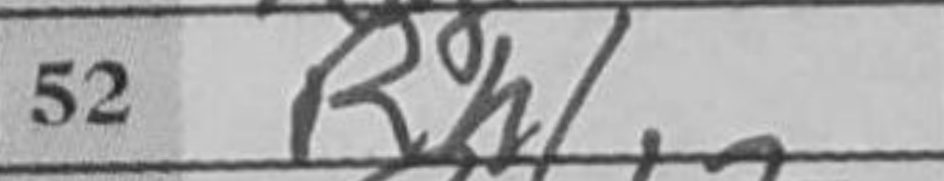
Transcription: Rh1